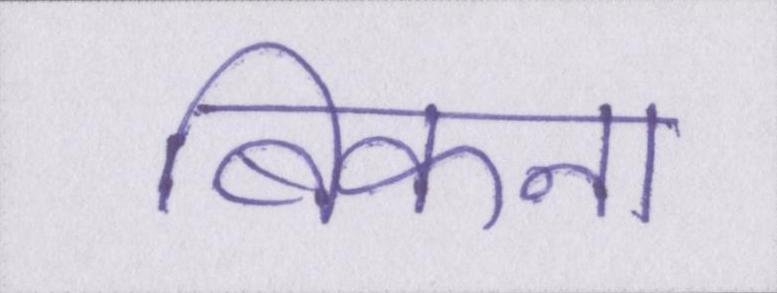
बिकना